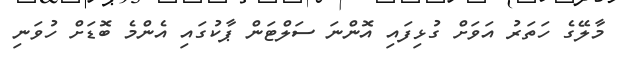
މާލޭގެ ހަތަރު އަވަށް ގުޅިފައި އޮންނަ ސަލްޓަން ޕާކުގައި އެންމެ ބޮޑަށް ހުވަނި